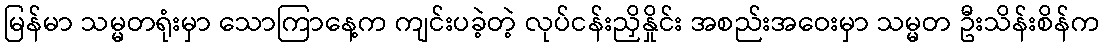
မြန်မာ သမ္မတရုံးမှာ သောကြာနေ့က ကျင်းပခဲ့တဲ့ လုပ်ငန်းညှိနှိုင်း အစည်းအဝေးမှာ သမ္မတ ဦးသိန်းစိန်က